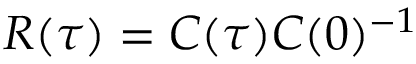
\boldsymbol { R } ( \tau ) = \boldsymbol { C } ( \tau ) \boldsymbol { C } ( 0 ) ^ { - 1 }